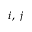
i , \ j